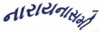
નારાયનાસમી